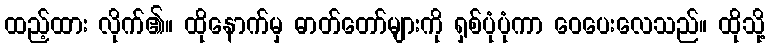
ထည့်ထား လိုက်၏။ ထိုနောက်မှ ဓာတ်တော်များကို ရှစ်ပုံပုံကာ ဝေပေးလေသည်။ ထိုသို့